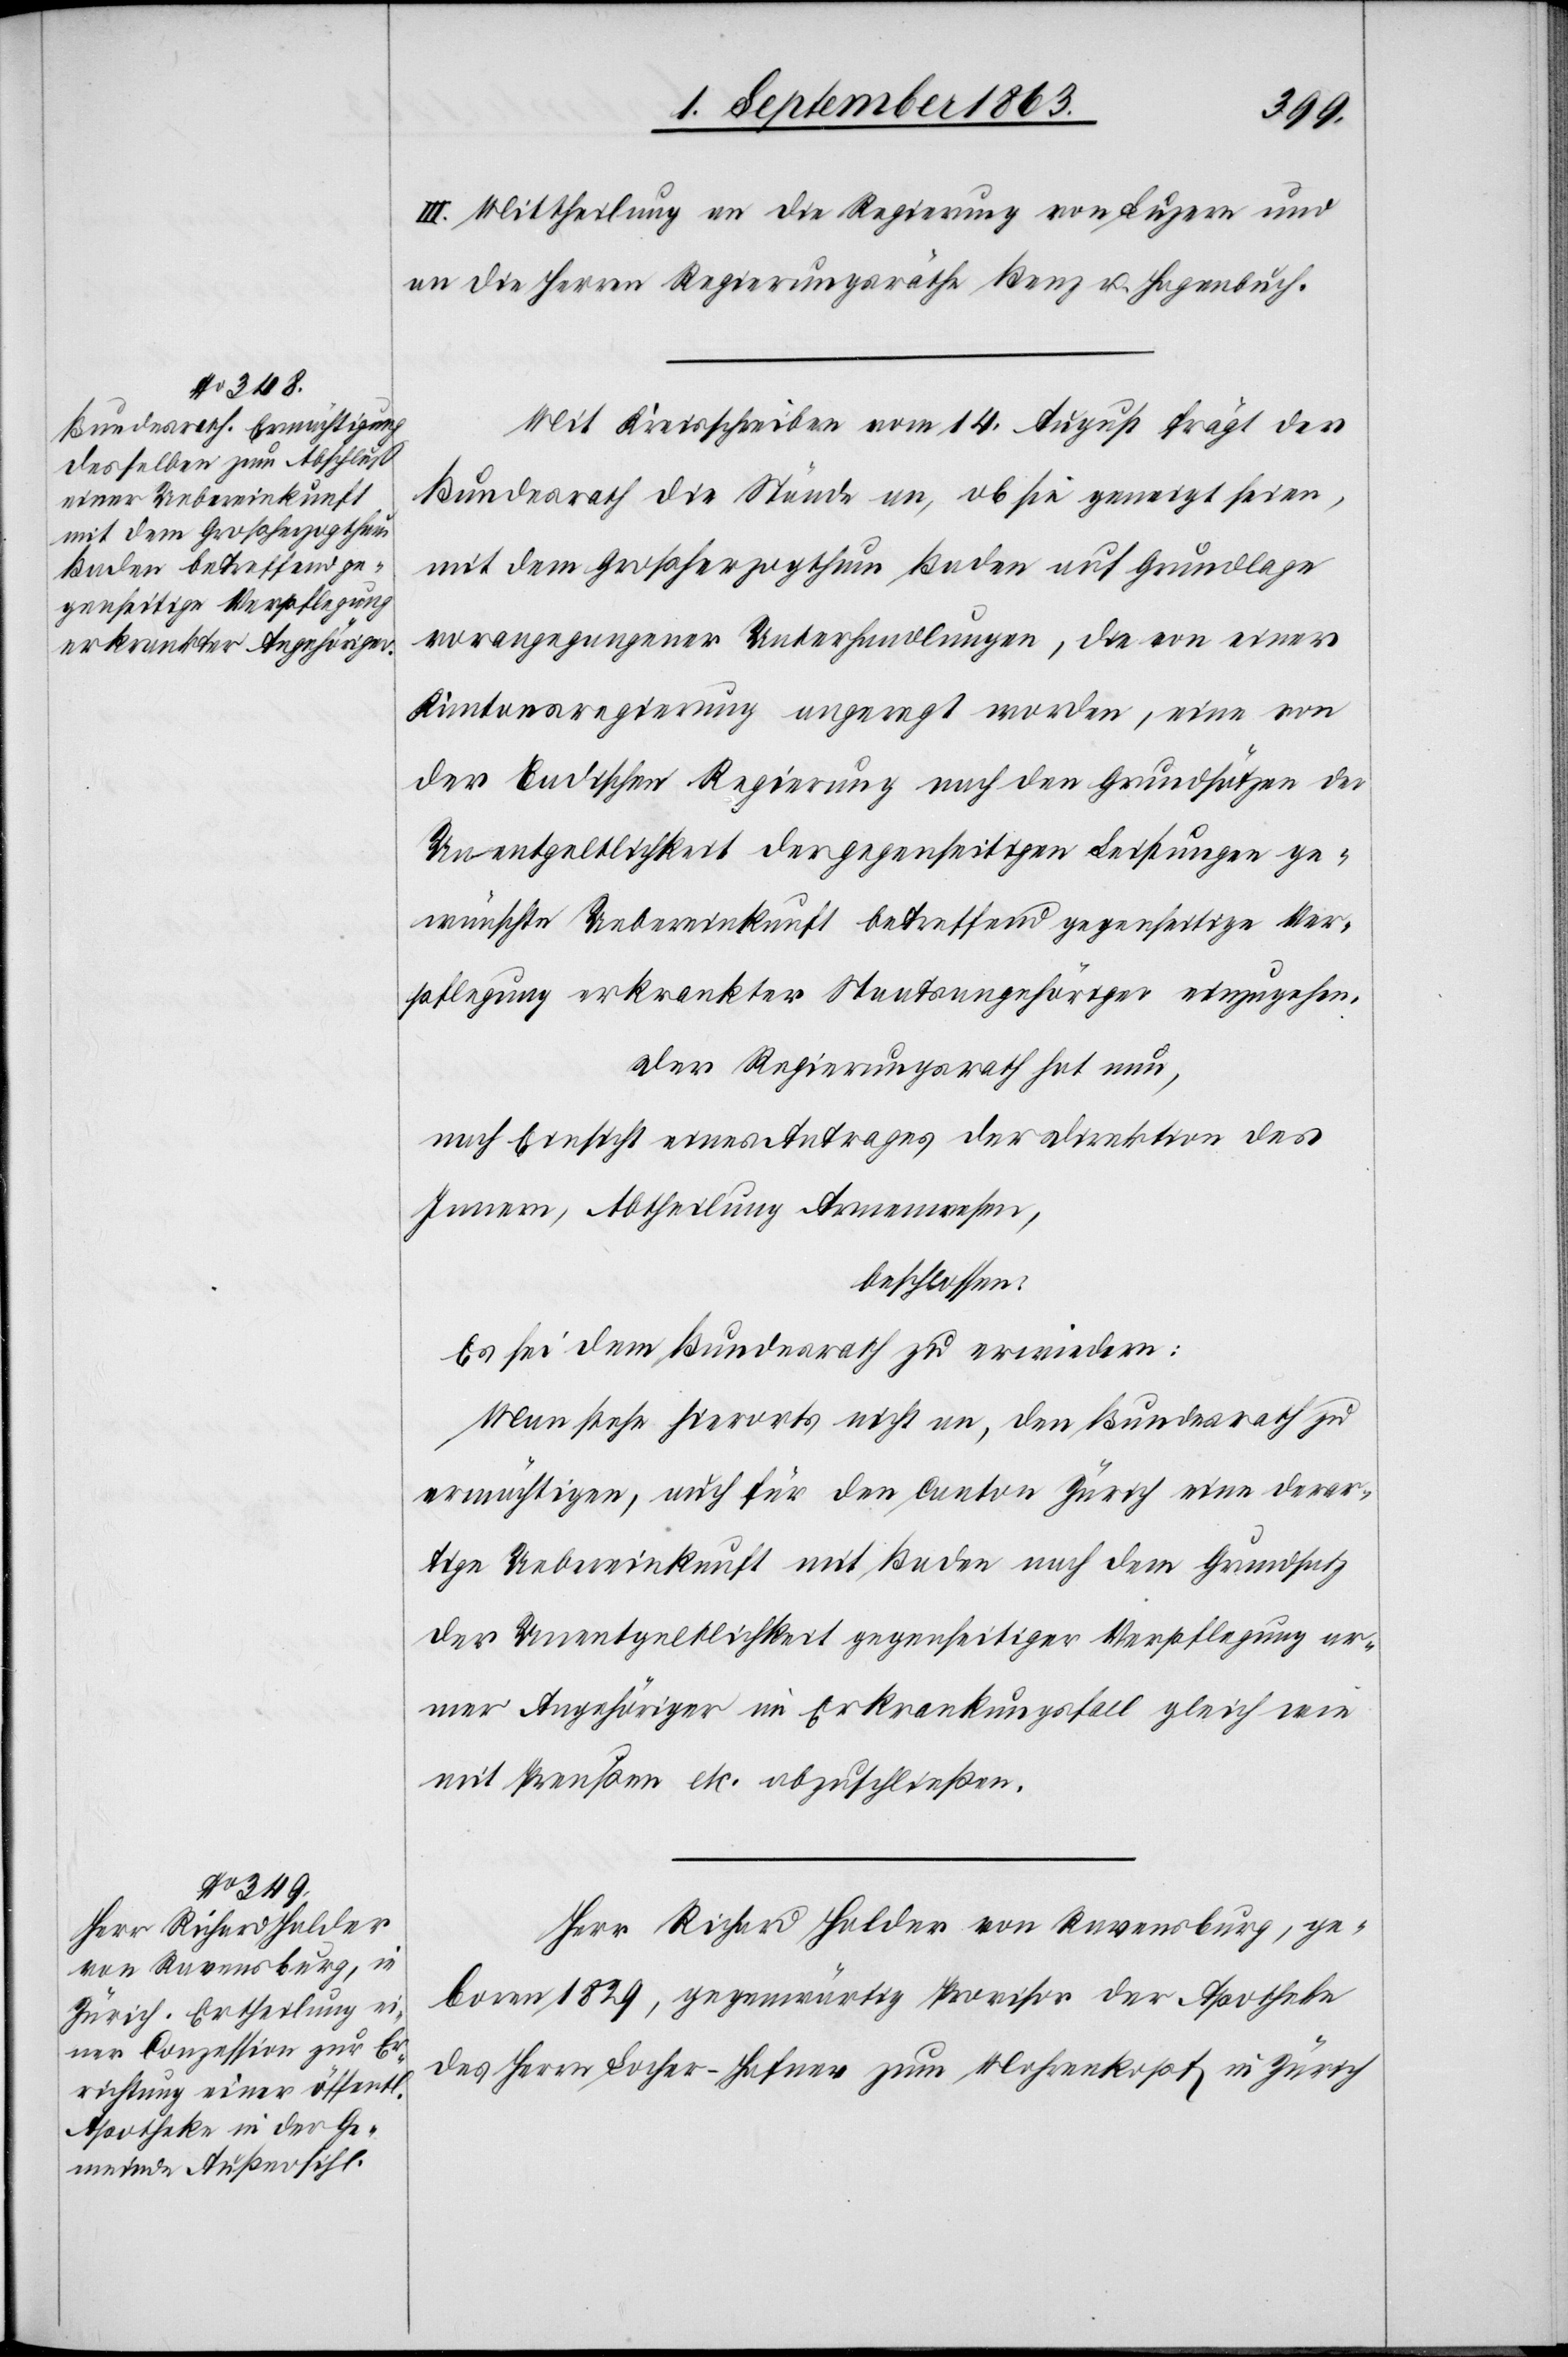
III. Mittheilung an die Regierung von Luzern und
an die Herren Regierungsräthe Benz & Hagenbuch.
Mit Kreisschreiben vom 14. August frägt der
Bundesrath die Stände an, ob sie geneigt seien,
mit dem Großherzogthum Baden auf Grundlage
vorangegangener Unterhandlungen, die von einer
Kantonsregierung angeregt worden, eine von
der Badischen Regierung nach den Grundsätzen der
Unentgeltlichkeit der gegenseitigen Leistungen ge¬
wünschte Uebereinkunft betreffend gegenseitige Ver¬
pflegung erkrankter Staatsangehöriger einzugehen.
Der Regierungsrath hat nun,
nach Einsicht eines Antrages der Direktion des
Innern, Abtheilung Armenwesen,
beschlossen:
Es sei dem Bundesrath zu erwiedern:
Man stehe hierorts nicht an, den Bundesrath zu
ermächtigen, auch für den Canton Zürich eine derar¬
tige Uebereinkunft mit Baden nach dem Grundsatz
der Unentgeltlichkeit gegenseitiger Verpflegung ar¬
mer Angehöriger im Erkrankungsfall gleich wie
mit Preußen etc. abzuschließen.
Herr Richard Halder von Ravensburg, ge¬
boren 1829, gegenwärtig Provisor der Apotheke
des Herrn Locher-Hafner zum Mohrenkopf in Zürich